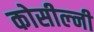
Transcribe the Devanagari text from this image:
कोसील्नी